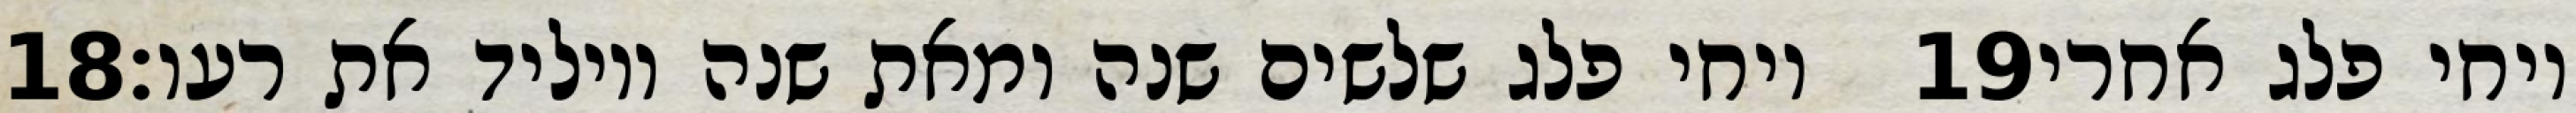
‎18‏ ויחי פלג שלשים שנה ומאת שנה ויוליד את רעו׃ ‎19‏ ויחי פלג אחרי